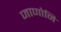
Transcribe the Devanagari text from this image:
जाणोनि